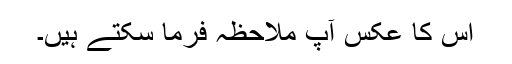
اس کا عکس آپ ملاحظہ فرما سکتے ہیں۔